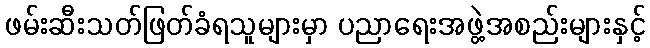
ဖမ်းဆီးသတ်ဖြတ်ခံရသူများမှာ ပညာရေးအဖွဲ့အစည်းများနှင့်